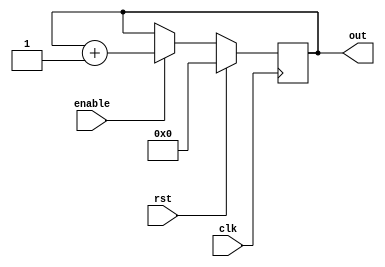
module bsc(out, clk, rst, enable);
 output reg [3:0]out;
 //output reg send;
 input clk, rst, enable;

	always @(posedge clk)
	if (rst) begin
		out <= 4'b0000;
		//send <= 0;
	//end else if (enable & (out == 4'b1000)) begin
		//send <= 1;
		//out <= out + 4'b0001;
	end 
	else if (enable) begin
		out <= out + 4'b0001;
		//send <= 0;
	end //else begin
		//out <= out + 4'b0001;
		//send <= 0;
	//end
	
endmodule